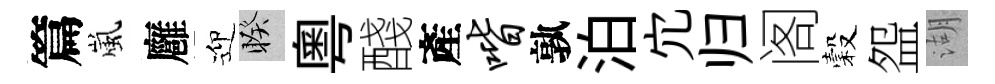
篇嵐廱迎睽粤醆產喈孰泊宂归阁穀盌湖